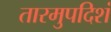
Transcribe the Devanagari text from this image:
तारमुपदिशं